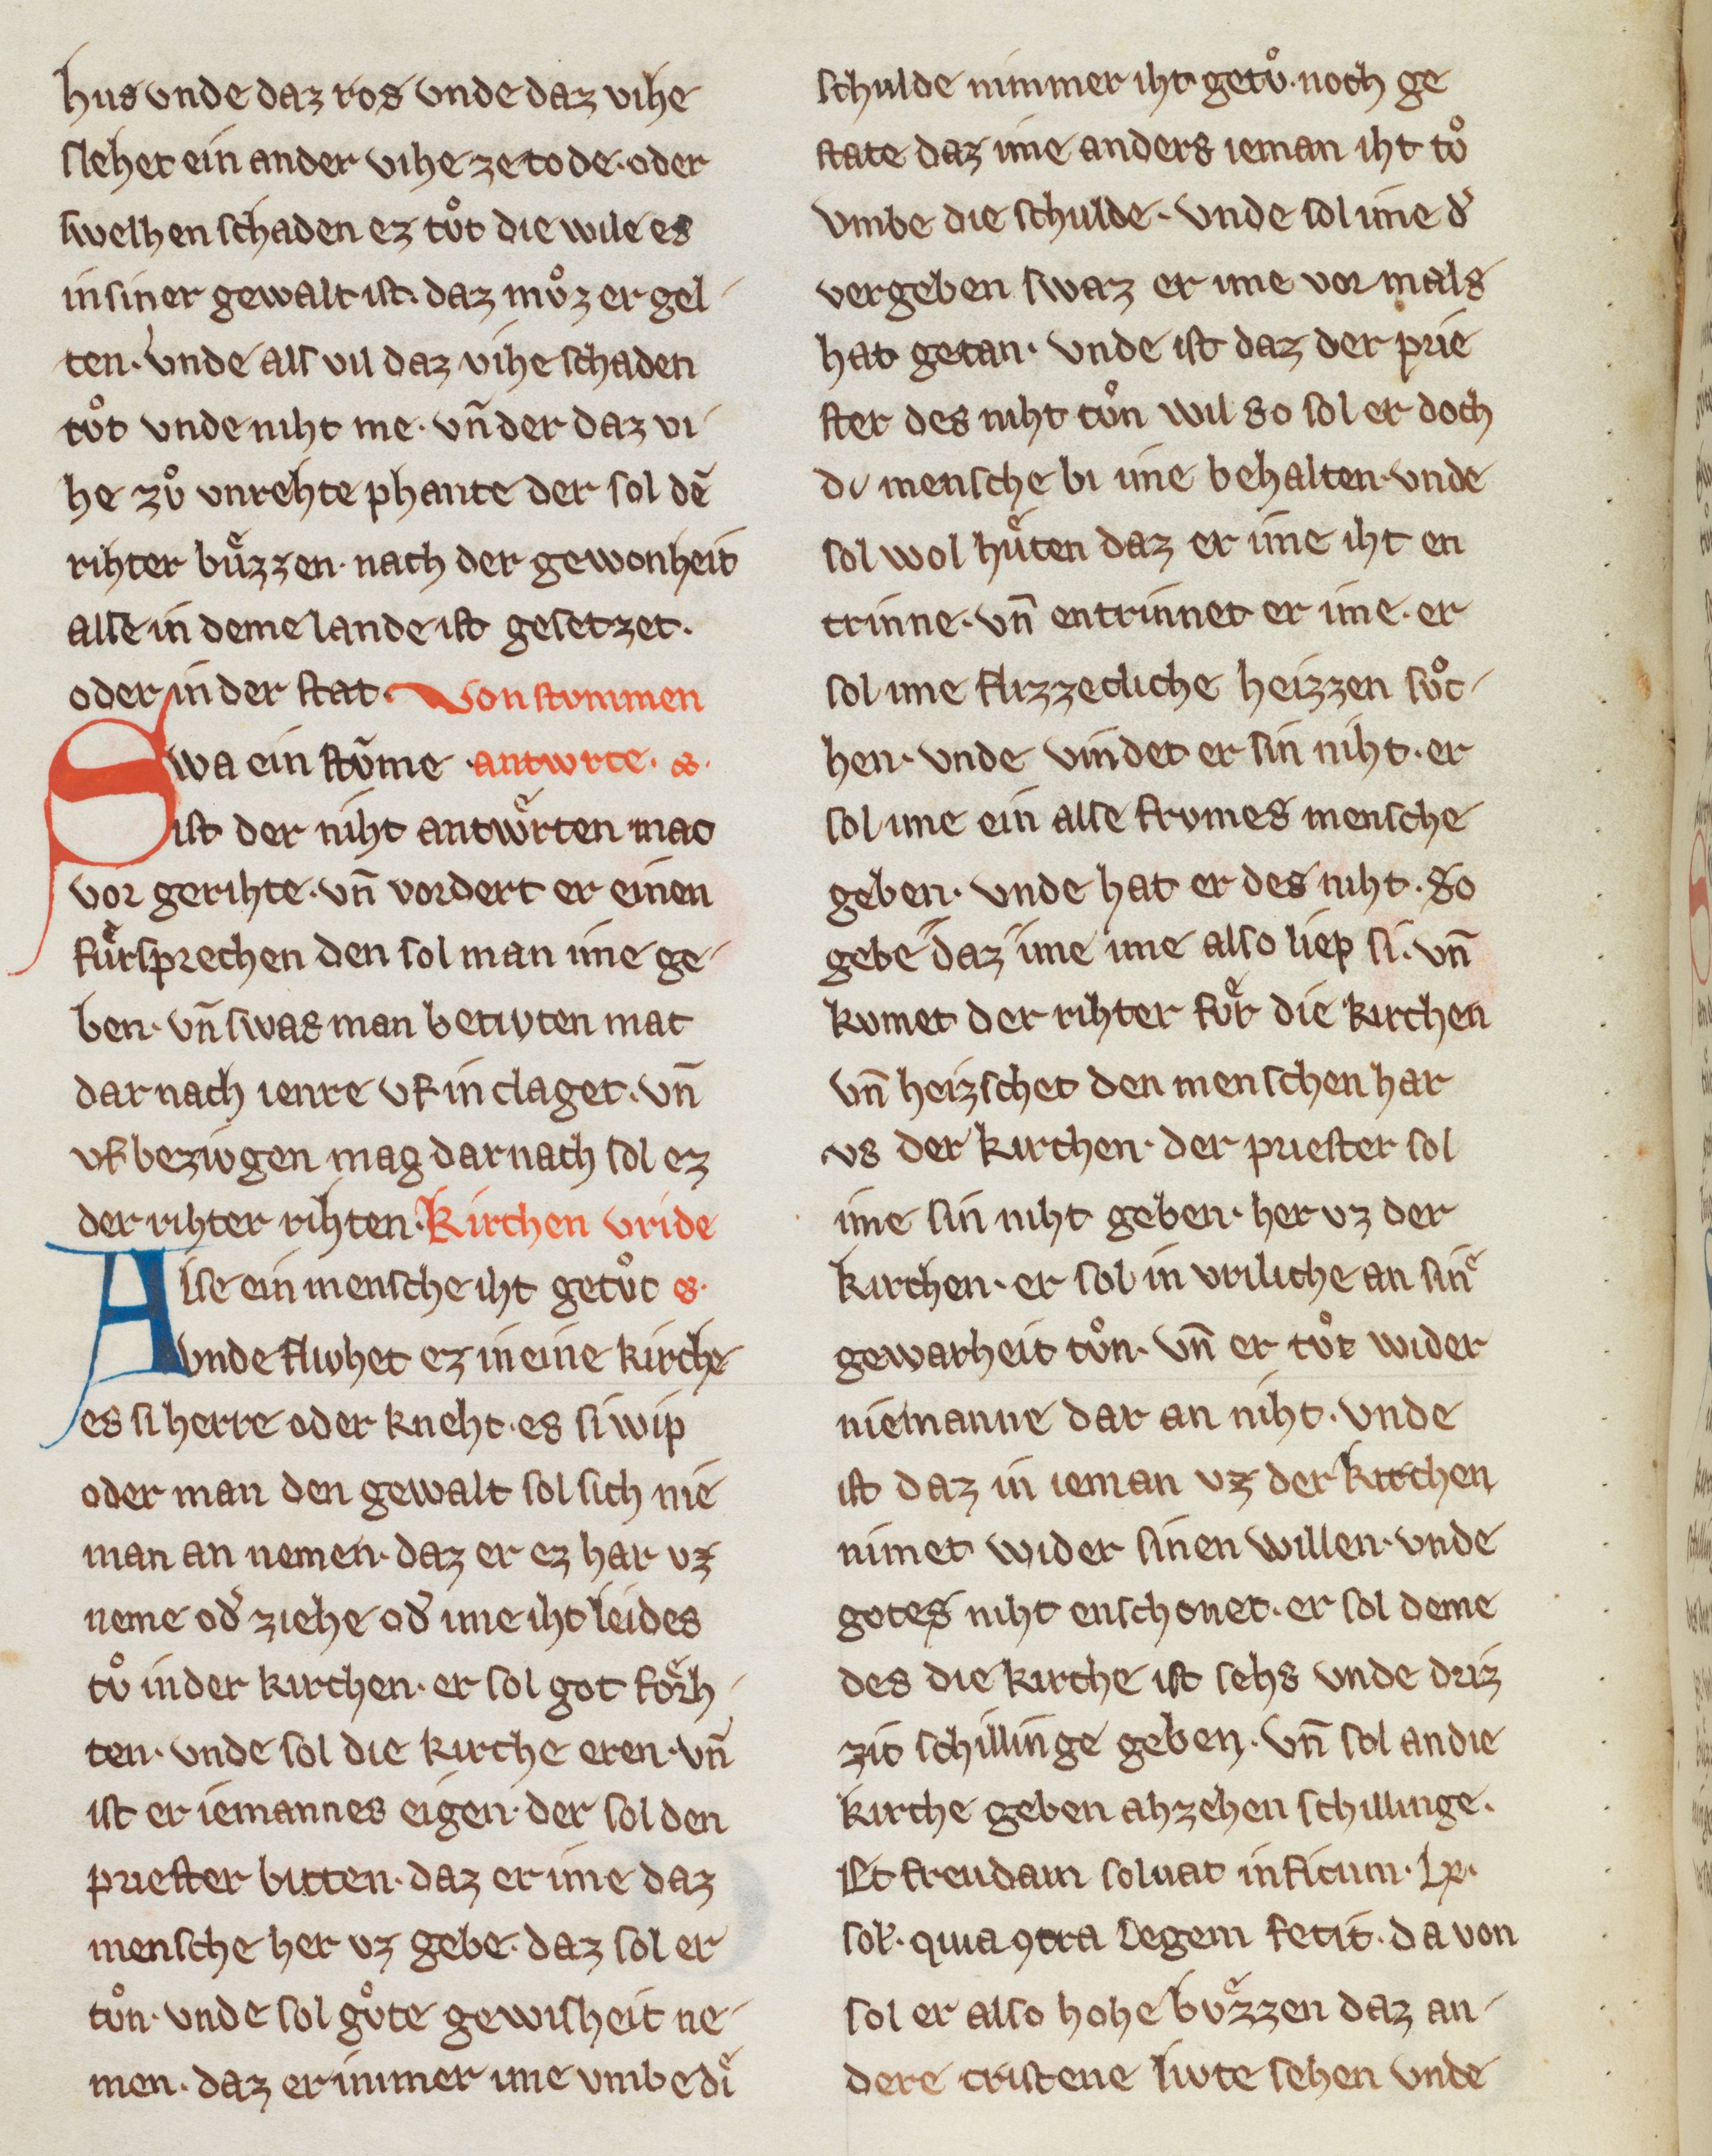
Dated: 1270–1330